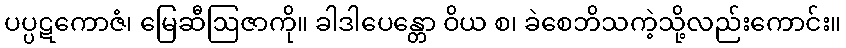
ပပ္ပဋကောဇံ၊ မြေဆီဩဇာကို။ ခါဒါပေန္တော ဝိယ စ၊ ခဲစေဘိသကဲ့သို့လည်းကောင်း။